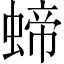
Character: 𧍝